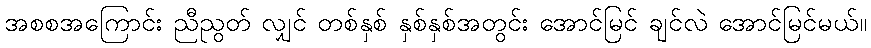
အစစအကြောင်း ညီညွတ် လျှင် တစ်နှစ် နှစ်နှစ်အတွင်း အောင်မြင် ချင်လဲ အောင်မြင်မယ်။